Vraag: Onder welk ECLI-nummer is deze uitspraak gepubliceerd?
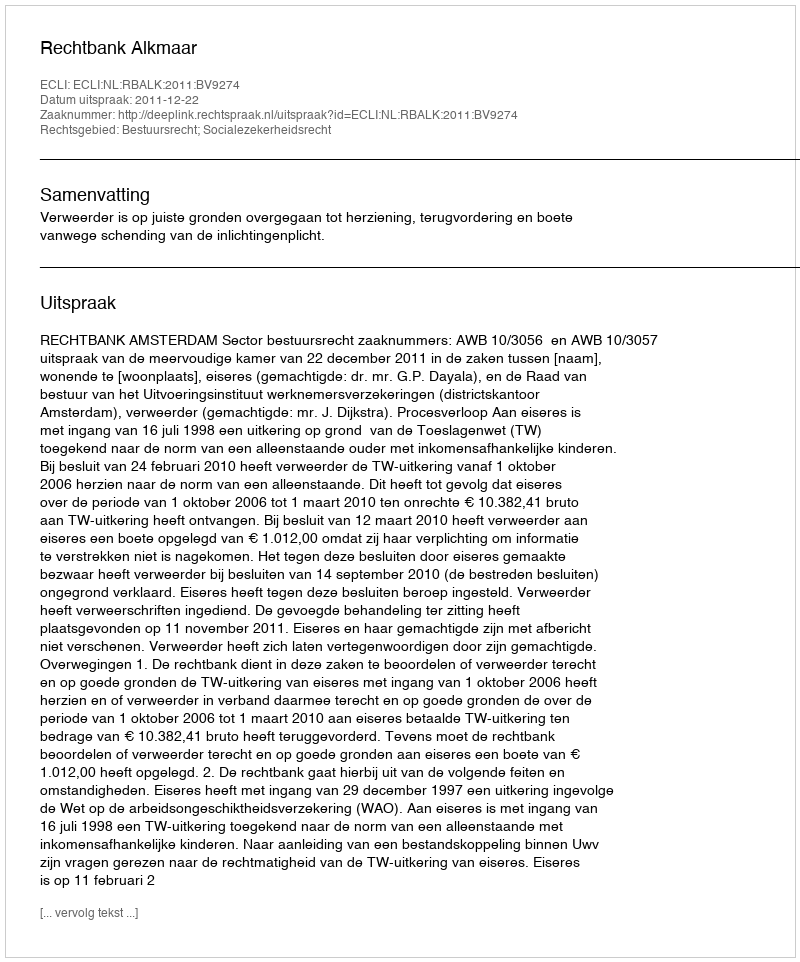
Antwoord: ECLI:NL:RBALK:2011:BV9274